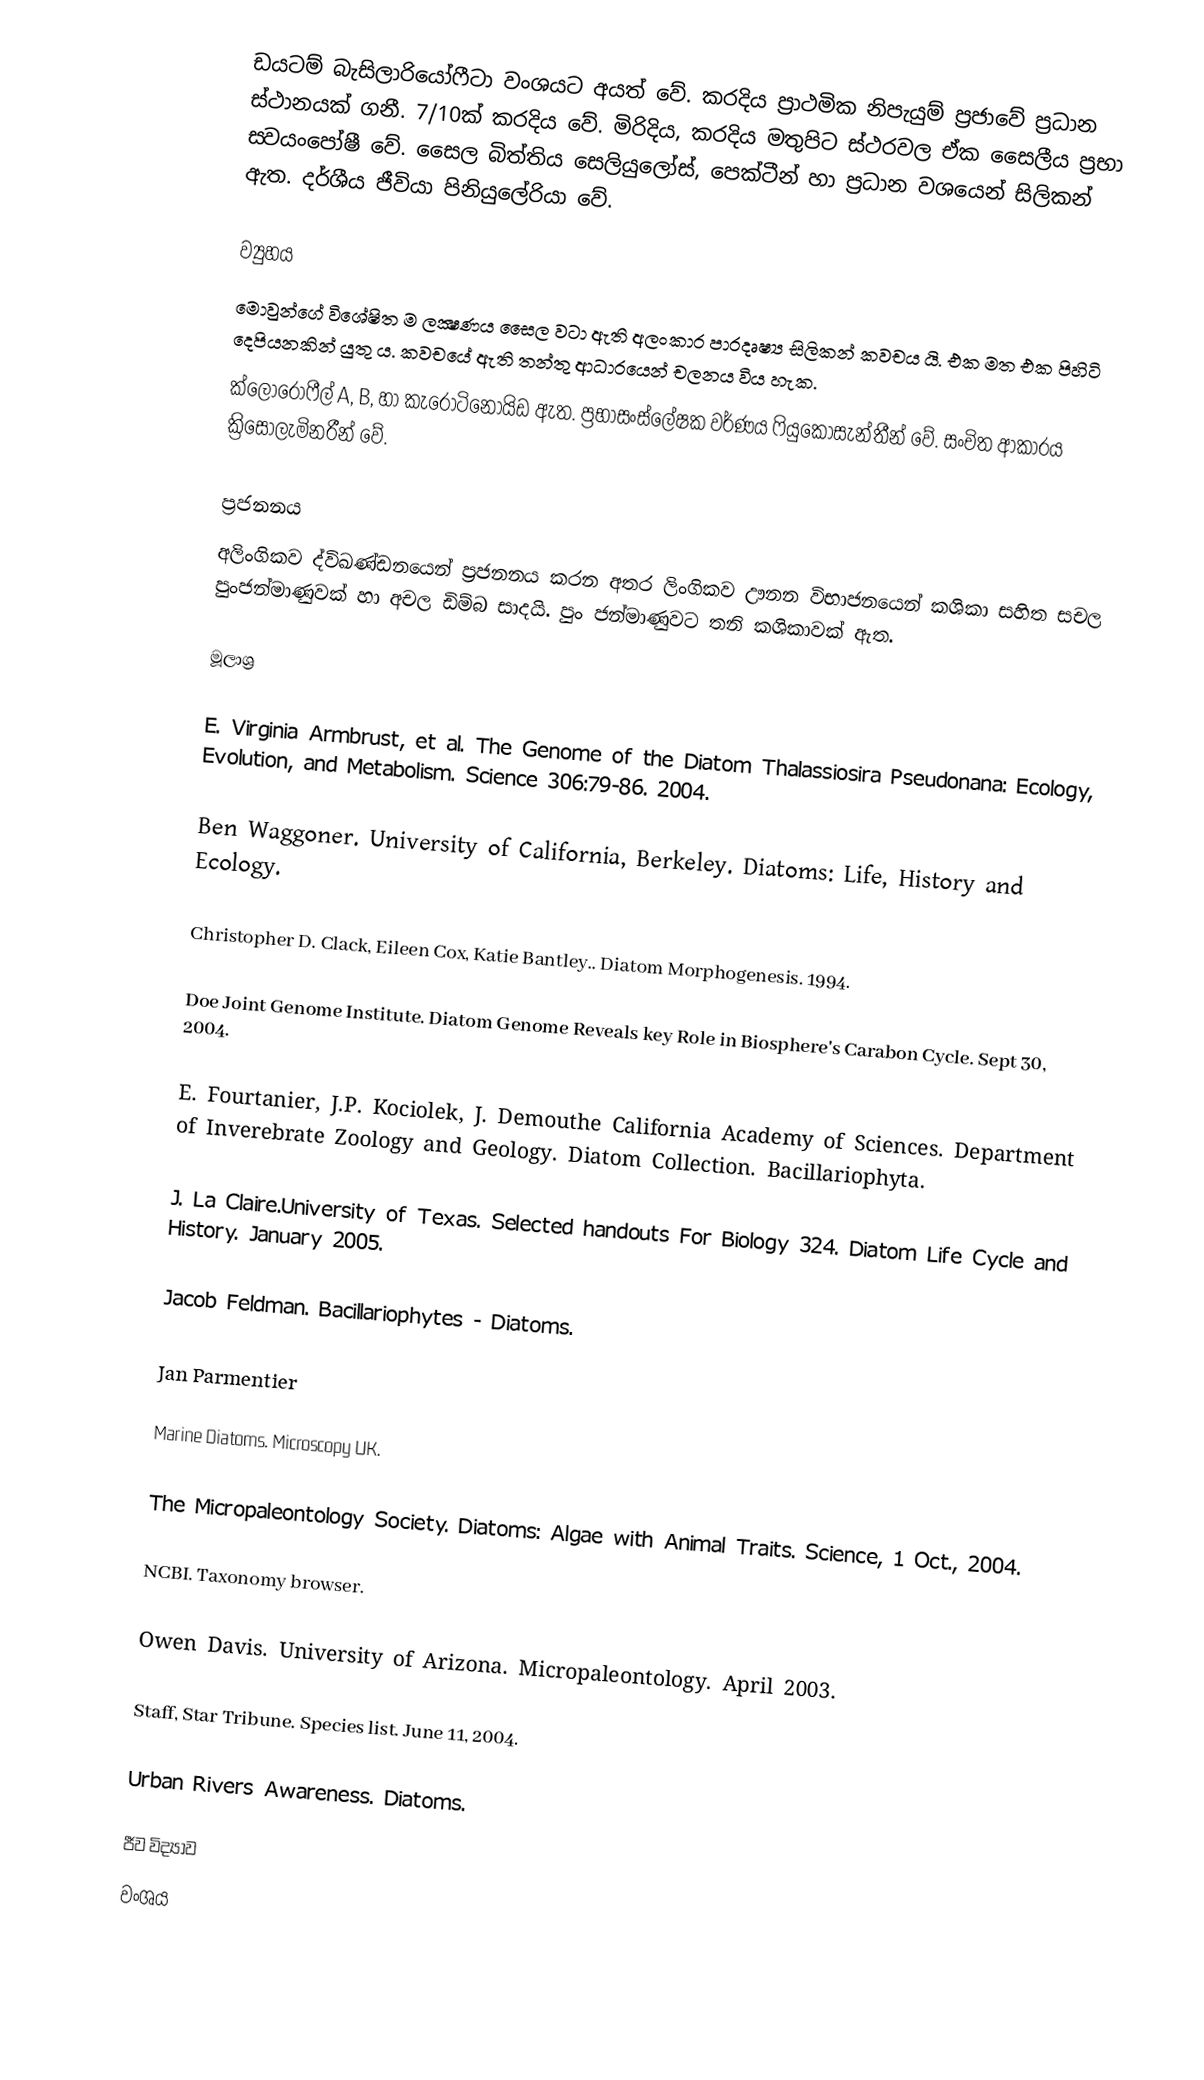
ඩයටම් බැසිලාරියෝෆීටා වංශයට අයත් වේ. කරදිය ප්‍රාථමික නිපැයුම් ප්‍රජාවේ ප්‍රධාන ස්ථානයක් ගනී. 7/10ක් කරදිය වේ. මිරිදිය, කරදිය මතුපිට ස්ථරවල ඒක සෛලීය ප්‍රභා ස‍්වයංපෝෂී වේ. සෛල බිත්තිය සෙලියුලෝස්, පෙක්ටීන් හා ප්‍රධාන වශයෙන් සිලිකන් ඇත. දර්ශීය ජීවියා පිනියුලේරියා වේ.

ව්‍යුහය
මොවුන්ගේ විශේෂිත ම ලක්‍ෂණය සෛල වටා ඇති අලංකාර පාරදෘෂ්‍ය සිලිකන් කවචය යි. එක මත එක පිහිටි දෙපියනකින් යුතු ය. කවචයේ ඇති තන්තු ආධාරයෙන් චලනය විය හැක.
ක්ලෝරොෆීල් A, B, හා කැරොටිනොයිඩ ඇත. ප්‍රභාසංස්ලේෂක වර්ණය ෆියුකොසැන්තීන් වේ. සංචිත ආකාරය ක්‍රිසොලැමිනරීන් වේ.

ප්‍රජනනය
අලිංගිකව ද්විඛණ්ඩනයෙන් ප්‍රජනනය කරන අතර ලිංගිකව ඌනන විභාජනයෙන් කශිකා සහිත සචල පුංජන්මාණුවක් හා අචල ඩිම්බ සාදයි. පුං ජන්මාණුවට තනි කශිකාවක් ඇත.

මූලාශ්‍ර

 E. Virginia Armbrust, et al. The Genome of the Diatom Thalassiosira Pseudonana: Ecology, Evolution, and Metabolism. Science 306:79-86. 2004.

 Ben Waggoner. University of California, Berkeley. Diatoms: Life, History and Ecology.

 Christopher D. Clack, Eileen Cox, Katie Bantley.. Diatom Morphogenesis. 1994.

 Doe Joint Genome Institute. Diatom Genome Reveals key Role in Biosphere's Carabon Cycle. Sept 30, 2004.

 E. Fourtanier, J.P. Kociolek, J. Demouthe California Academy of Sciences. Department of Inverebrate Zoology and Geology. Diatom Collection. Bacillariophyta.

 J. La Claire.University of Texas. Selected handouts For Biology 324. Diatom Life Cycle and History. January 2005.

 Jacob Feldman. Bacillariophytes - Diatoms.

 Jan Parmentier

 Marine Diatoms. Microscopy UK.

 The Micropaleontology Society. Diatoms: Algae with Animal Traits. Science, 1 Oct., 2004.

 NCBI. Taxonomy browser.

 Owen Davis. University of Arizona. Micropaleontology. April 2003.

 Staff, Star Tribune. Species list. June 11, 2004.

 Urban Rivers Awareness. Diatoms.

ජීව විද්‍යාව
වංශය